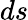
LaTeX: ds